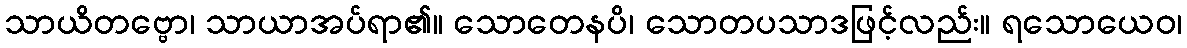
သာယိတဗ္ဗော၊ သာယာအပ်ရာ၏။ သောတေနပိ၊ သောတပသာဒဖြင့်လည်း။ ရသောယေဝ၊